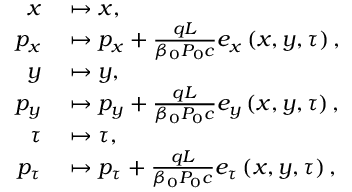
\begin{array} { r l } { x } & { { } \mapsto x , } \\ { p _ { x } } & { { } \mapsto p _ { x } + \frac { q L } { \beta _ { 0 } P _ { 0 } c } e _ { x } \left( x , y , \tau \right) , } \\ { y } & { { } \mapsto y , } \\ { p _ { y } } & { { } \mapsto p _ { y } + \frac { q L } { \beta _ { 0 } P _ { 0 } c } e _ { y } \left( x , y , \tau \right) , } \\ { \tau } & { { } \mapsto \tau , } \\ { p _ { \tau } } & { { } \mapsto p _ { \tau } + \frac { q L } { \beta _ { 0 } P _ { 0 } c } e _ { \tau } \left( x , y , \tau \right) , } \end{array}